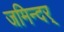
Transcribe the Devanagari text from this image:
जमिन्दर्